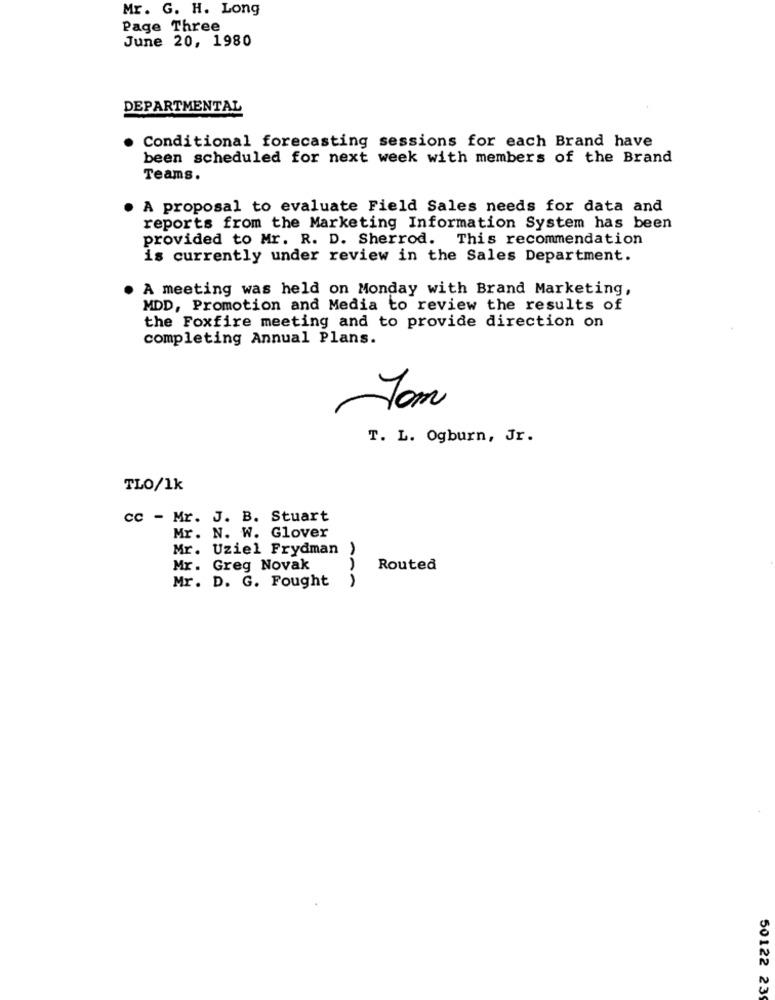
Mr. G. H. Long
Page Three
June 20, 1980
DEPARTMENTAL
Conditional forecasting sessions for each Brand have
been scheduled for next week with members of the Brand
Teams.
A proposal to evaluate Field Sales needs for data and
reports from the Marketing Information System has been
provided to Mr. R. D. Sherrod. This recommendation
is currently under review in the Sales Department.
A meeting was held on Monday with Brand Marketing,
MDD, Promotion and Media to review the results of
the Foxfire meeting and to provide direction on
completing Annual Plans.
Jam
T. L. Ogburn, Jr.
TLO/1k
cc - Mr. J. B. Stuart
Mr. N. W. Glover
Mr. Uziel Frydman )
Mr. Greg Novak
Routed
Mr. D. G. Fought
50122 239